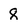
Character: 8